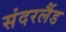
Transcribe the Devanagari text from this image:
संदरलैंड